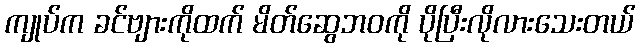
ကျုပ်က ခင်ဗျားကိုထက် မိတ်ဆွေဘဝကို ပိုပြီးလိုလားသေးတယ်